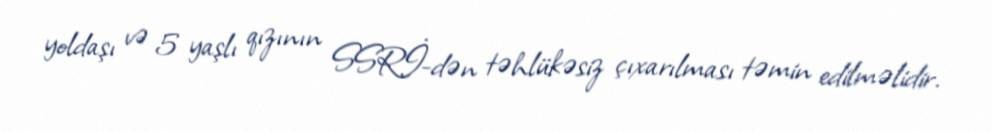
yoldaşı və 5 yaşlı qızının SSRİ-dən təhlükəsiz çıxarılması təmin edilməlidir.